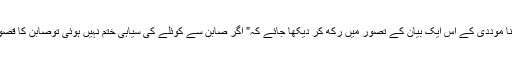
اگر اس بات کو اس جماعت کے بانی مولانا موددی کے اس ایک بیان کے تصور میں رکھ کر دیکھا جائے کہ” اگر صابن سے کوئلے کی سیاہی ختم نہیں ہوئی توصابن کا قصور نہیں یہ کوئلے کی سیاہی کا قصور ہے۔